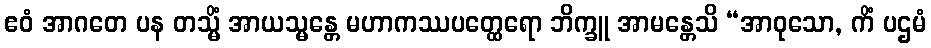
ဧဝံ အာဂတေ ပန တသ္မိံ အာယသ္မန္တေ မဟာကဿပတ္ထေရော ဘိက္ခူ အာမန္တေသိ “အာဝုသော, ကိံ ပဌမံ